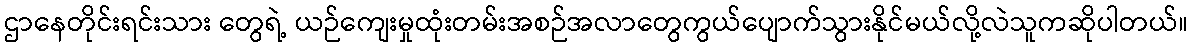
ဌာနေတိုင်းရင်းသား တွေရဲ့ ယဉ်ကျေးမှုထုံးတမ်းအစဉ်အလာတွေကွယ်ပျောက်သွားနိုင်မယ်လို့လဲသူကဆိုပါတယ်။